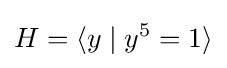
H=\langle y\mid y^{5}=1\rangle